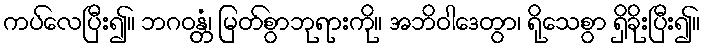
ကပ်လေပြီး၍။ ဘဂဝန္တံ၊ မြတ်စွာဘုရားကို။ အဘိဝါဒေတွာ၊ ရိုသေစွာ ရှိခိုးပြီး၍။